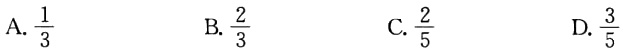
A. $\frac{1}{3}$

B. $\frac{2}{3}$

C. $\frac{2}{5}$

D. $\frac{3}{5}$